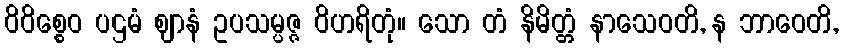
ဝိဝိစ္စေဝ ပဌမံ ဈာနံ ဥပသမ္ပဇ္ဇ ဝိဟရိတုံ။ သော တံ နိမိတ္တံ နာသေဝတိ, န ဘာဝေတိ,